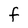
Character: f